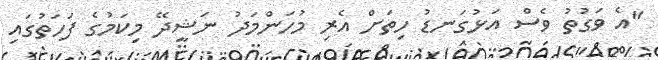
"އެ ވަގުތު ވެސް އަޅުގަނޑު ހިތަށް އެރި މުހަންމަދު ނަޝީދޭ މިކަމުގެ ފަހަތުގައި